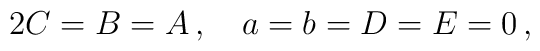
2 C = B = A\, ,\quad a = b = D = E = 0\, ,